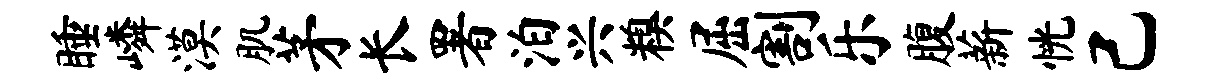
睡嶙漠肌茅长署泊兴糗屈割乐腹薪恍己